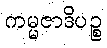
ကမ္မဇာဒိပဉ္စ